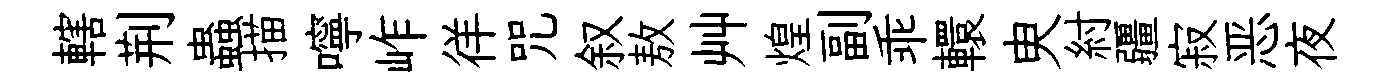
轄荆蟲描嚀岞徉咒叙敖艸煌副乖轘㬰紂疆寂恶夜